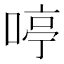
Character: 𠷥